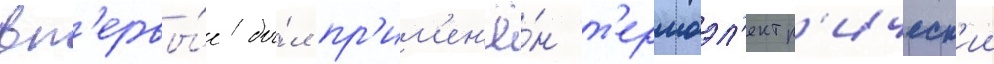
вп'ервы́е бы́л пр'им'ен'ё́н т'ермоэл'ектр'ическ'ии